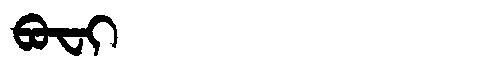
Manchu: ᠪᠣᠸᡳ
Romanization: BOFI